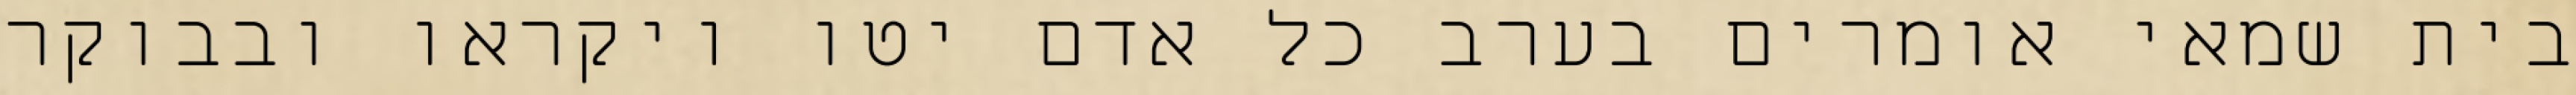
בית שמאי אומרים בערב כל אדם יטו ויקראו ובבוקר